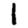
Digit: 1